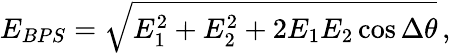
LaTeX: E_{BPS}=\sqrt{E_{1}^{2}+E_{2}^{2}+2E_{1}E_{2}\cos\Delta\theta}\, ,